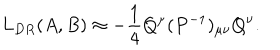
L _ { D R } ( A , B ) \approx - { \frac { 1 } { 4 } } Q ^ { \mu } ( P ^ { - 1 } ) _ { \mu \nu } Q ^ { \nu } .